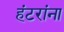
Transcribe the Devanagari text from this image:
हंटरांना